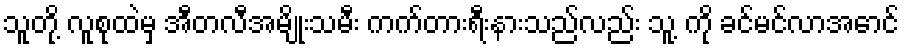
သူတို့ လူစုထဲမှ အီတလီအမျိုးသမီး ကက်တားရီးနားသည်လည်း သူ့ ကို ခင်မင်လာအောင်